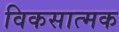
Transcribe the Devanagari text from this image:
विकसात्मक